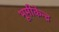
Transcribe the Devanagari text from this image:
भूमीकेन्द्र